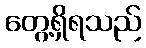
တွေ့ရှိရသည်